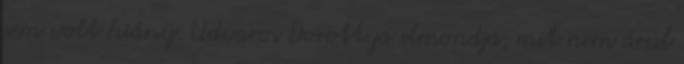
sem volt hiány. Udvaros Dorottya elmondja, mit nem árul